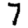
Digit: 7